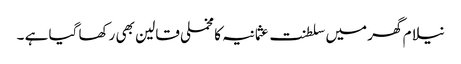
نیلام گھر میں سلطنت عثمانیہ کا مخملی قالین بھی رکھا گیا ہے ۔